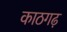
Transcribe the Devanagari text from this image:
काठगढ़